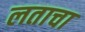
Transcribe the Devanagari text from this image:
लताचा